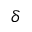
\delta